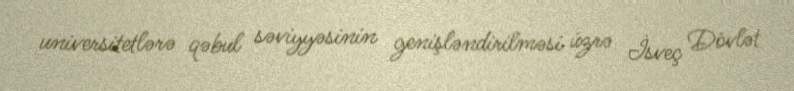
universitetlərə qəbul səviyyəsinin genişləndirilməsi üzrə İsveç Dövlət